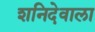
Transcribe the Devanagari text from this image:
शनिदेवाला